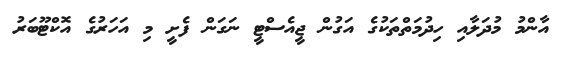
އާންމު މުދަލާއި ހިދުމަތްތަކުގެ އަގުން ޖީއެސްޓީ ނަގަން ފެށީ މި އަހަރުގެ އޮކްޓޫބަރު